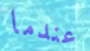
عندما